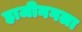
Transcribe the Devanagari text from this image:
हाजीनगला